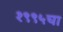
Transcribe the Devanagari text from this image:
१९९५चा